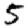
Digit: 5